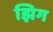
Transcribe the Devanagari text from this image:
झिग